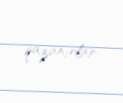
qazanırlar.